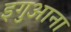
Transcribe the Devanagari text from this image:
इगुआना